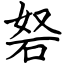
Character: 砮